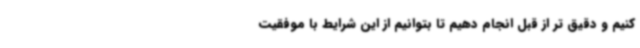
کنیم و دقیق تر از قبل انجام دهیم تا بتوانیم از این شرایط با موفقیت